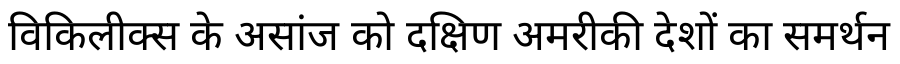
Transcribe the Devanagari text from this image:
विकिलीक्स के असांज को दक्षिण अमरीकी देशों का समर्थन